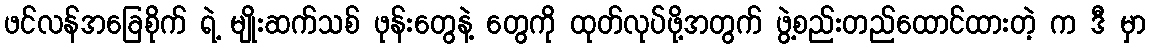
ဖင်လန်အခြေစိုက် ရဲ့ မျိုးဆက်သစ် ဖုန်းတွေနဲ့ တွေကို ထုတ်လုပ်ဖို့အတွက် ဖွဲ့စည်းတည်ထောင်ထားတဲ့ က ဒီ မှာ